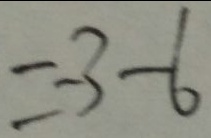
= - 3 - 6